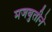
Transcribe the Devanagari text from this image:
मजबुतीने